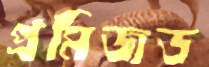
প্রমিজড